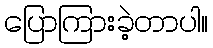
ပြောကြားခဲ့တာပါ။